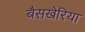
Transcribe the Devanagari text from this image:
बैसखेरिया